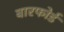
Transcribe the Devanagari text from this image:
बारफोर्ड